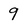
Character: 9